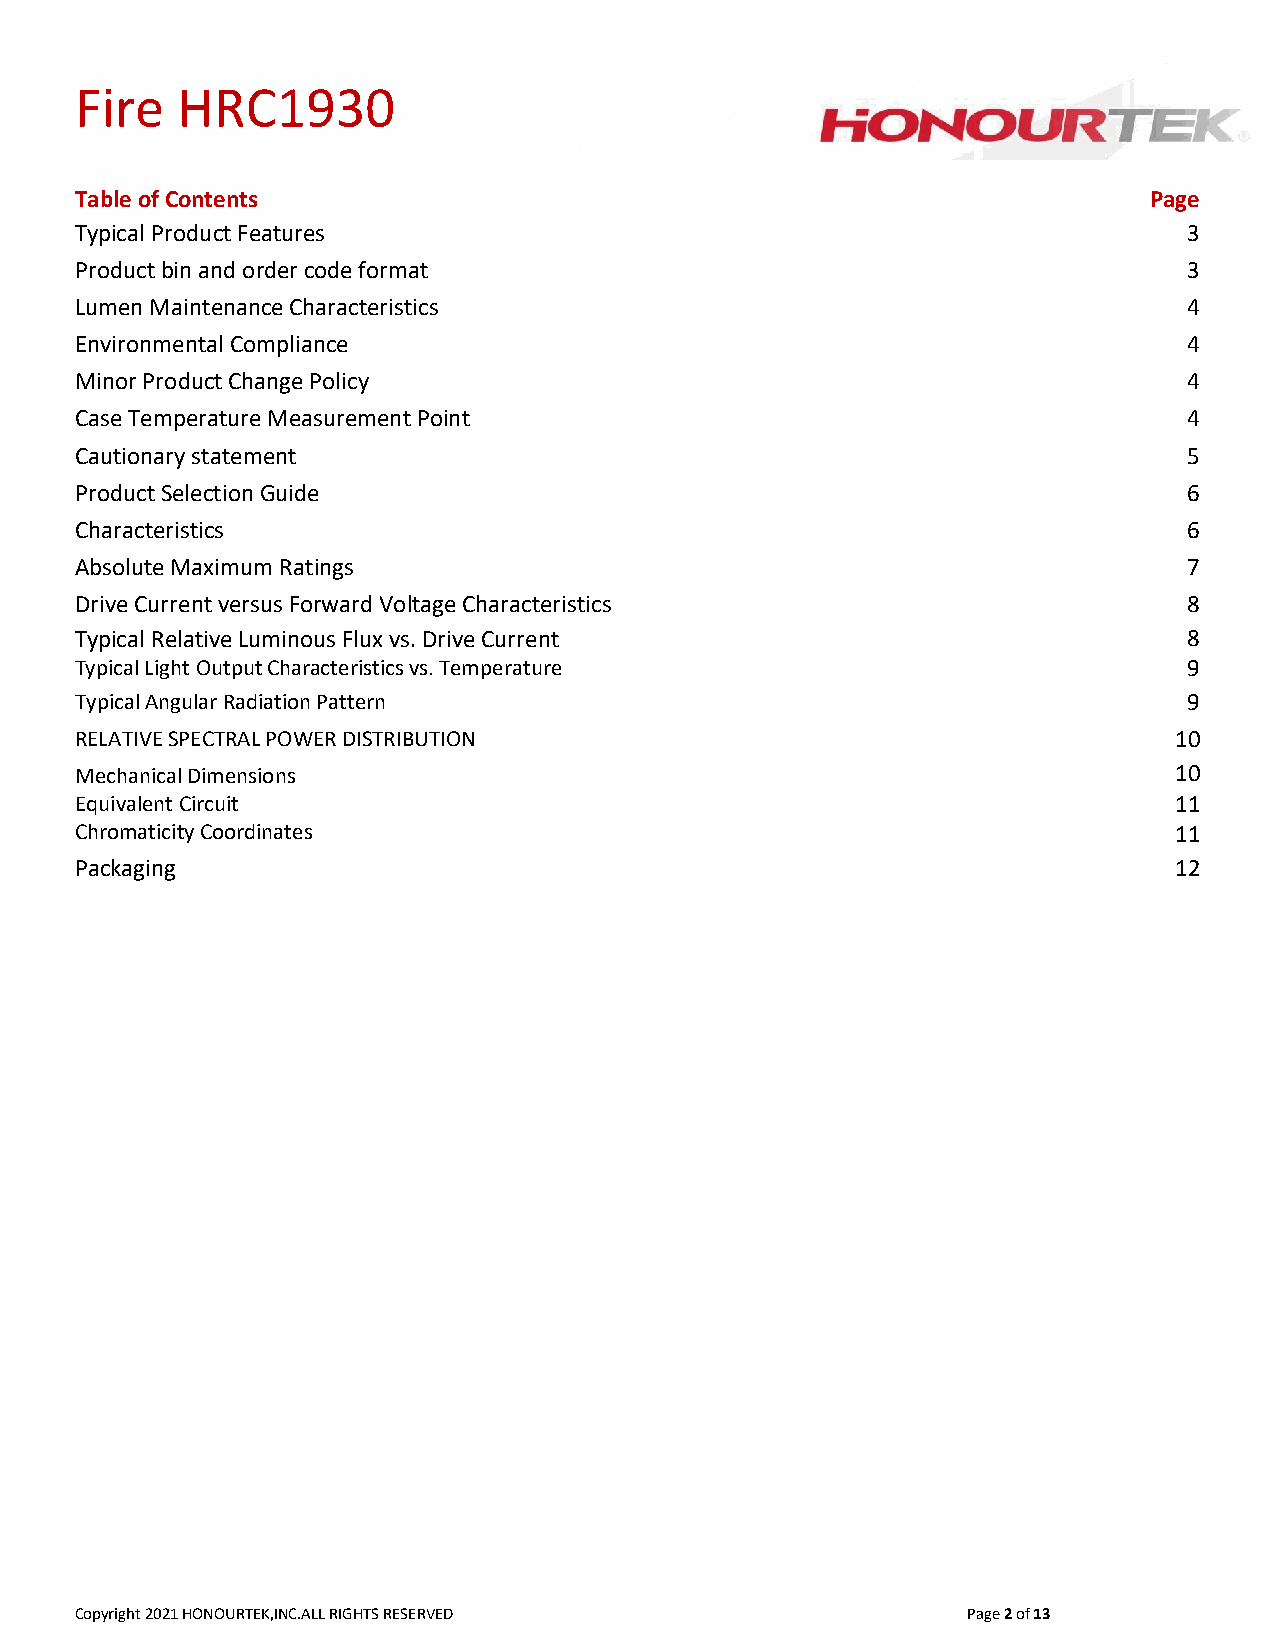
Fire   HRC1930
 Table of Contents                                                      Page
 Typical Product Features                                                  3
 Product bin and order code format                                         3
 Lumen Maintenance Characteristics                                         4
 Environmental Compliance                                                  4
 Minor Product Change Policy                                               4
 Case Temperature Measurement Point                                        4
 Cautionary statement                                                      5
 Product Selection Guide                                                   6
 Characteristics                                                           6
 Absolute Maximum Ratings                                                  7
 Drive Current versus Forward Voltage Characteristics                      8
 Typical Relative Luminous Flux vs. Drive Current                          8
 Typical Light Output Characteristics vs. Temperature                      9
 Typical Angular Radiation Pattern                                         9
 RELATIVE SPECTRAL POWER DISTRIBUTION                                     10
 Mechanical Dimensions                                                    10
 Equivalent Circuit                                                       11
 Chromaticity Coordinates                                                 11
 Packaging                                                                12
 Copyright 2021 HONOURTEK,INC.ALL RIGHTS RESERVED           Page 2 of 13